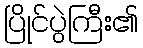
ပြိုင်ပွဲကြီး၏